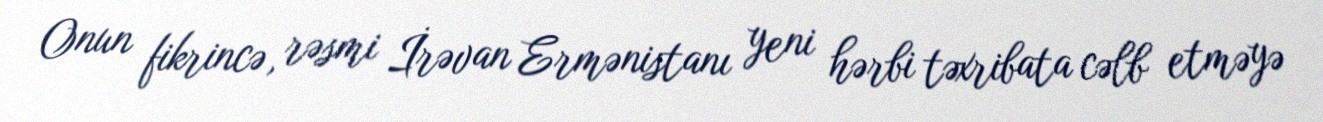
Onun fikrincə, rəsmi İrəvan Ermənistanı yeni hərbi təxribata cəlb etməyə